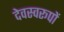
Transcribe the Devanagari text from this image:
देवस्वरूपों